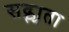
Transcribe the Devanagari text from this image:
सद्स्यता